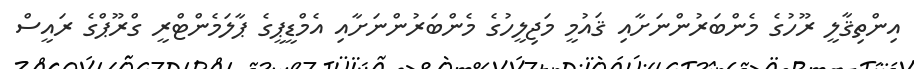
އިންތިޤާލީ ރޫހުގެ މެންބަރުންނަށާއި ޤައުމީ މަޖިލީހުގެ މެންބަރުންނަށާއި އެމްޑީޕީގެ ޕާލަމެންޓްރީ ގްރޫޕްގެ ރައީސް